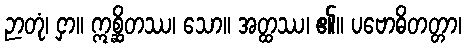
ဉာတုံ၊ ငှာ။ ဣစ္ဆိတဿ၊ သော။ အတ္ထဿ၊ ၏။ ပဗောဓိတတ္တာ၊